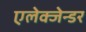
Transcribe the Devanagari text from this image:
एलेक्जेन्डर